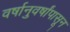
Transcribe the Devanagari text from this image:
वर्षानुवर्षांपासून